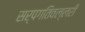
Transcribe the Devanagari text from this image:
सर्पगतिवल्लरी